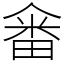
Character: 𤲞